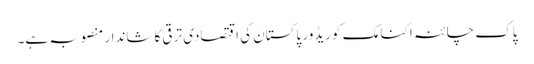
پاک چائنہ اکنامک کوریڈور پاکستان کی اقتصادی ترقی کا شاندار منصوبہ ہے۔